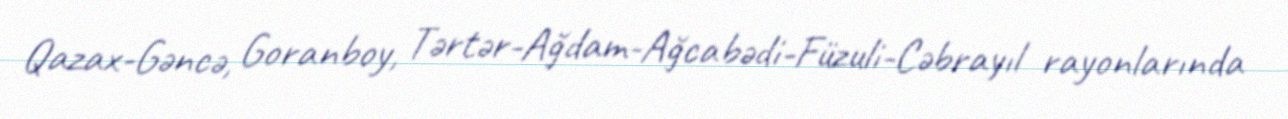
Qazax-Gəncə, Goranboy, Tərtər-Ağdam-Ağcabədi-Füzuli-Cəbrayıl rayonlarında